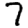
Digit: 7